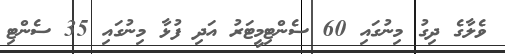
ވެލާގެ ދިގު މިނުގައި 60 ސެންޓިމީޓަރު އަދި ފުޅާ މިނުގައި 35 ސެންޓި